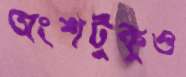
অংশটুকুও